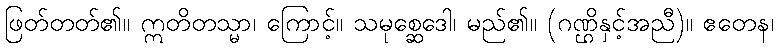
ဖြတ်တတ်၏။ ဣတိတသ္မာ၊ ကြောင့်။ သမုစ္ဆေဒေါ၊ မည်၏။ (ဂဏ္ဌိနှင့်အညီ)။ ဧတေန၊